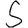
Digit: 5